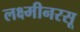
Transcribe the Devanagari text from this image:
लक्ष्मीनरसू